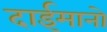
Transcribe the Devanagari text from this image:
दाईमानो